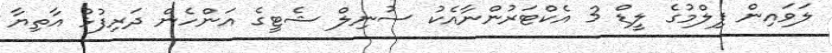
ލަވައިން ފިލްމުގެ ލީޑް 3 އެކްޓަރުންނާއެކު ސުނިލް ޝެޓީގެ އަންހެން ދަރިފުޅު އާތިޔާ